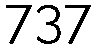
737